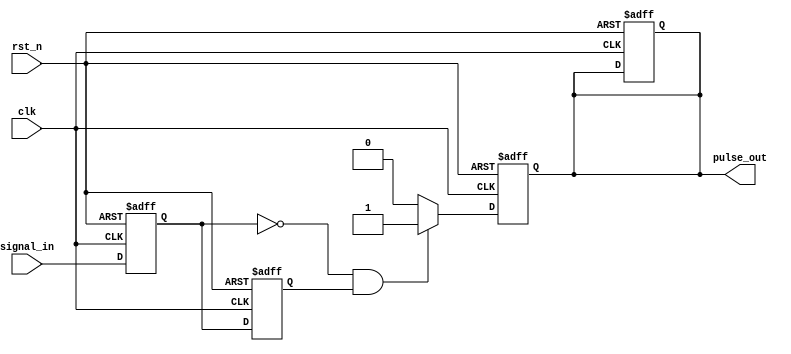
module negative_edge_detector (
    input wire clk,          // Clock input
    input wire rst_n,       // Active-low reset
    input wire signal_in,    // Input signal to detect falling edge
    output reg pulse_out     // Output pulse indicating negative edge detection
);

// Registers to hold the current and previous state of the input signal
reg signal_in_reg;         // Current state of the input signal
reg signal_in_prev;        // Previous state of the input signal

// Sequential logic to capture the input signal state
always @(posedge clk or negedge rst_n) begin
    if (!rst_n) begin
        signal_in_reg <= 1'b0; // Reset current state
        signal_in_prev <= 1'b0; // Reset previous state
        pulse_out <= 1'b0;      // Reset output pulse
    end else begin
        signal_in_prev <= signal_in_reg; // Store previous state
        signal_in_reg <= signal_in;       // Capture current state
    end
end

// Combinational logic to detect falling edge
always @(posedge clk or negedge rst_n) begin
    if (!rst_n) begin
        pulse_out <= 1'b0; // Reset output pulse
    end else begin
        // Generate pulse if a falling edge is detected
        if (signal_in_reg == 1'b0 && signal_in_prev == 1'b1) begin
            pulse_out <= 1'b1; // Set pulse high
        end else begin
            pulse_out <= 1'b0; // Clear pulse
        end
    end
end

endmodule